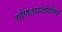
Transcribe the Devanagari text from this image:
गणितासंबंधीचे